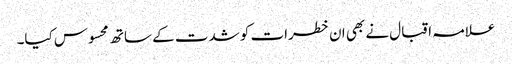
علامہ اقبال نے بھی ان خطرات کو شدت کے ساتھ محسوس کیا۔